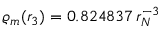
\varrho _ { m } ( r _ { 3 } ) = 0 . 8 2 4 8 3 7 \, r _ { N } ^ { - 3 }